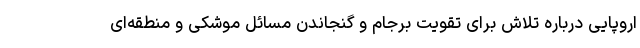
اروپایی درباره تلاش برای تقویت برجام و گنجاندن مسائل موشکی و منطقه‌ای